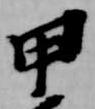
甲